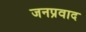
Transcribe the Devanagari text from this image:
जनप्रवाद